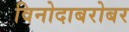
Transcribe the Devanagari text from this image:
विनोदाबरोबर